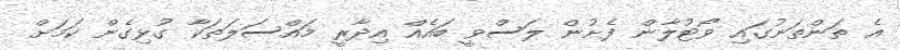
އެ ތަންތަނުގައި ވޯޓުލާން ފެށުން ލަސްވީ ބައެއް އިދާރީ މައްސަލަތަކާ ގުޅިގެން ކަމަށް